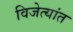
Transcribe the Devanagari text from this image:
विजेत्यांत